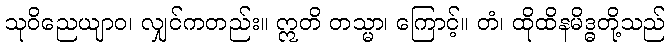
သုဝိညေယျာဝ၊ လျှင်ကတည်း။ ဣတိ တသ္မာ၊ ကြောင့်။ တံ၊ ထိုထိနမိဒ္ဓတို့သည်